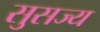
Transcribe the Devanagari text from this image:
सुसज्य